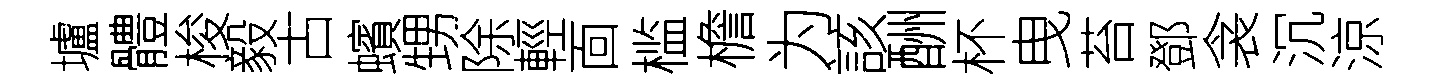
壚體梭毅古蠙甥除輕靣槛檐为該酬杯曳苔鄧衾沉涼